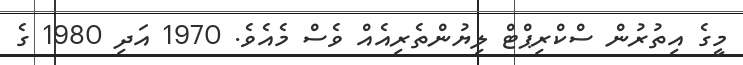
މީގެ އިތުރުން ސްކްރިޕްޓް ލިޔުންތެރިއެއް ވެސް މެއެވެ. 1970 އަދި 1980 ގެ